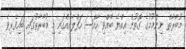
މުބާރާތް ނިންމުމުގެ ގޮތުން އިއްޔެ ބޭއްވި ހާއްސަ ހަފްލާއެއްގައި މި މުބާރާތުގައި ބައިވެރިވެ